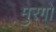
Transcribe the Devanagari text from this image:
मुरगो